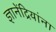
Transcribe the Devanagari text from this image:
ज्ञानेंद्रियांना